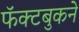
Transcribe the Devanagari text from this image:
फॅक्टबुकने